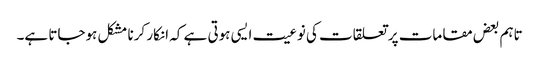
تاہم بعض مقامات پر تعلقات کی نوعیت ایسی ہوتی ہے کہ انکار کرنا مشکل ہوجاتا ہے۔